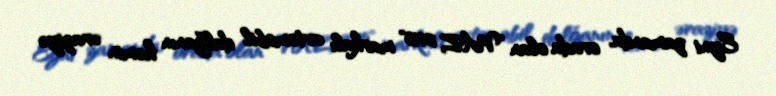
Eyni zamanda, orada olan "VAZ 2115" markalı avtomobil dalğanın həmin əraziyə